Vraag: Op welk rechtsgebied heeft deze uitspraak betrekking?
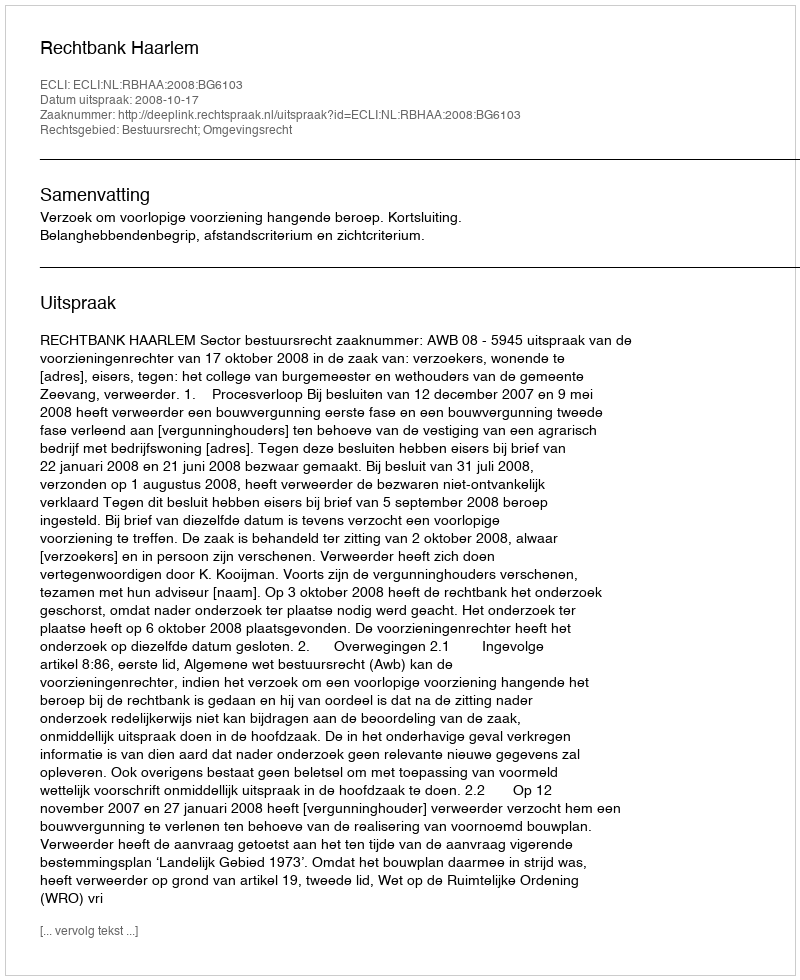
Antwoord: Bestuursrecht; Omgevingsrecht